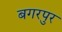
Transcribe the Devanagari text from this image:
बगरपुर